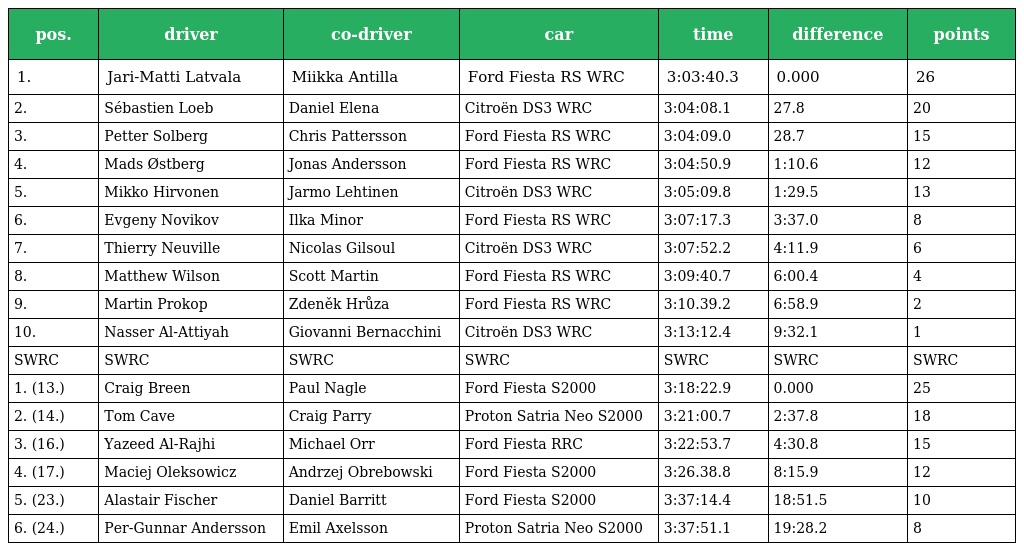
| pos. | driver | co-driver | car | time | difference | points |
 | --- | --- | --- | --- | --- | --- | --- |
 | 1. | Jari-Matti Latvala | Miikka Antilla | Ford Fiesta RS WRC | 3:03:40.3 | 0.000 | 26 |
 | 2. | Sébastien Loeb | Daniel Elena | Citroën DS3 WRC | 3:04:08.1 | 27.8 | 20 |
 | 3. | Petter Solberg | Chris Pattersson | Ford Fiesta RS WRC | 3:04:09.0 | 28.7 | 15 |
 | 4. | Mads Østberg | Jonas Andersson | Ford Fiesta RS WRC | 3:04:50.9 | 1:10.6 | 12 |
 | 5. | Mikko Hirvonen | Jarmo Lehtinen | Citroën DS3 WRC | 3:05:09.8 | 1:29.5 | 13 |
 | 6. | Evgeny Novikov | Ilka Minor | Ford Fiesta RS WRC | 3:07:17.3 | 3:37.0 | 8 |
 | 7. | Thierry Neuville | Nicolas Gilsoul | Citroën DS3 WRC | 3:07:52.2 | 4:11.9 | 6 |
 | 8. | Matthew Wilson | Scott Martin | Ford Fiesta RS WRC | 3:09:40.7 | 6:00.4 | 4 |
 | 9. | Martin Prokop | Zdeněk Hrůza | Ford Fiesta RS WRC | 3:10.39.2 | 6:58.9 | 2 |
 | 10. | Nasser Al-Attiyah | Giovanni Bernacchini | Citroën DS3 WRC | 3:13:12.4 | 9:32.1 | 1 |
 | SWRC | SWRC | SWRC | SWRC | SWRC | SWRC | SWRC |
 | 1. (13.) | Craig Breen | Paul Nagle | Ford Fiesta S2000 | 3:18:22.9 | 0.000 | 25 |
 | 2. (14.) | Tom Cave | Craig Parry | Proton Satria Neo S2000 | 3:21:00.7 | 2:37.8 | 18 |
 | 3. (16.) | Yazeed Al-Rajhi | Michael Orr | Ford Fiesta RRC | 3:22:53.7 | 4:30.8 | 15 |
 | 4. (17.) | Maciej Oleksowicz | Andrzej Obrebowski | Ford Fiesta S2000 | 3:26.38.8 | 8:15.9 | 12 |
 | 5. (23.) | Alastair Fischer | Daniel Barritt | Ford Fiesta S2000 | 3:37:14.4 | 18:51.5 | 10 |
 | 6. (24.) | Per-Gunnar Andersson | Emil Axelsson | Proton Satria Neo S2000 | 3:37:51.1 | 19:28.2 | 8 |